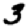
Digit: 3